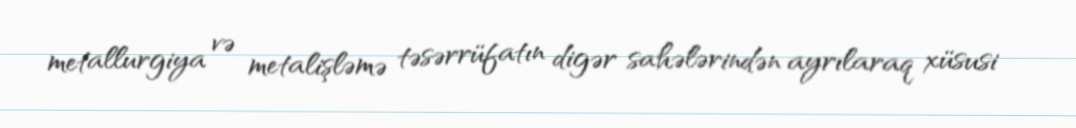
metallurgiya və metalişləmə təsərrüfatın digər sahələrindən ayrılaraq xüsusi